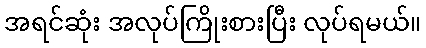
အရင်ဆုံး အလုပ်ကြိုးစားပြီး လုပ်ရမယ်။